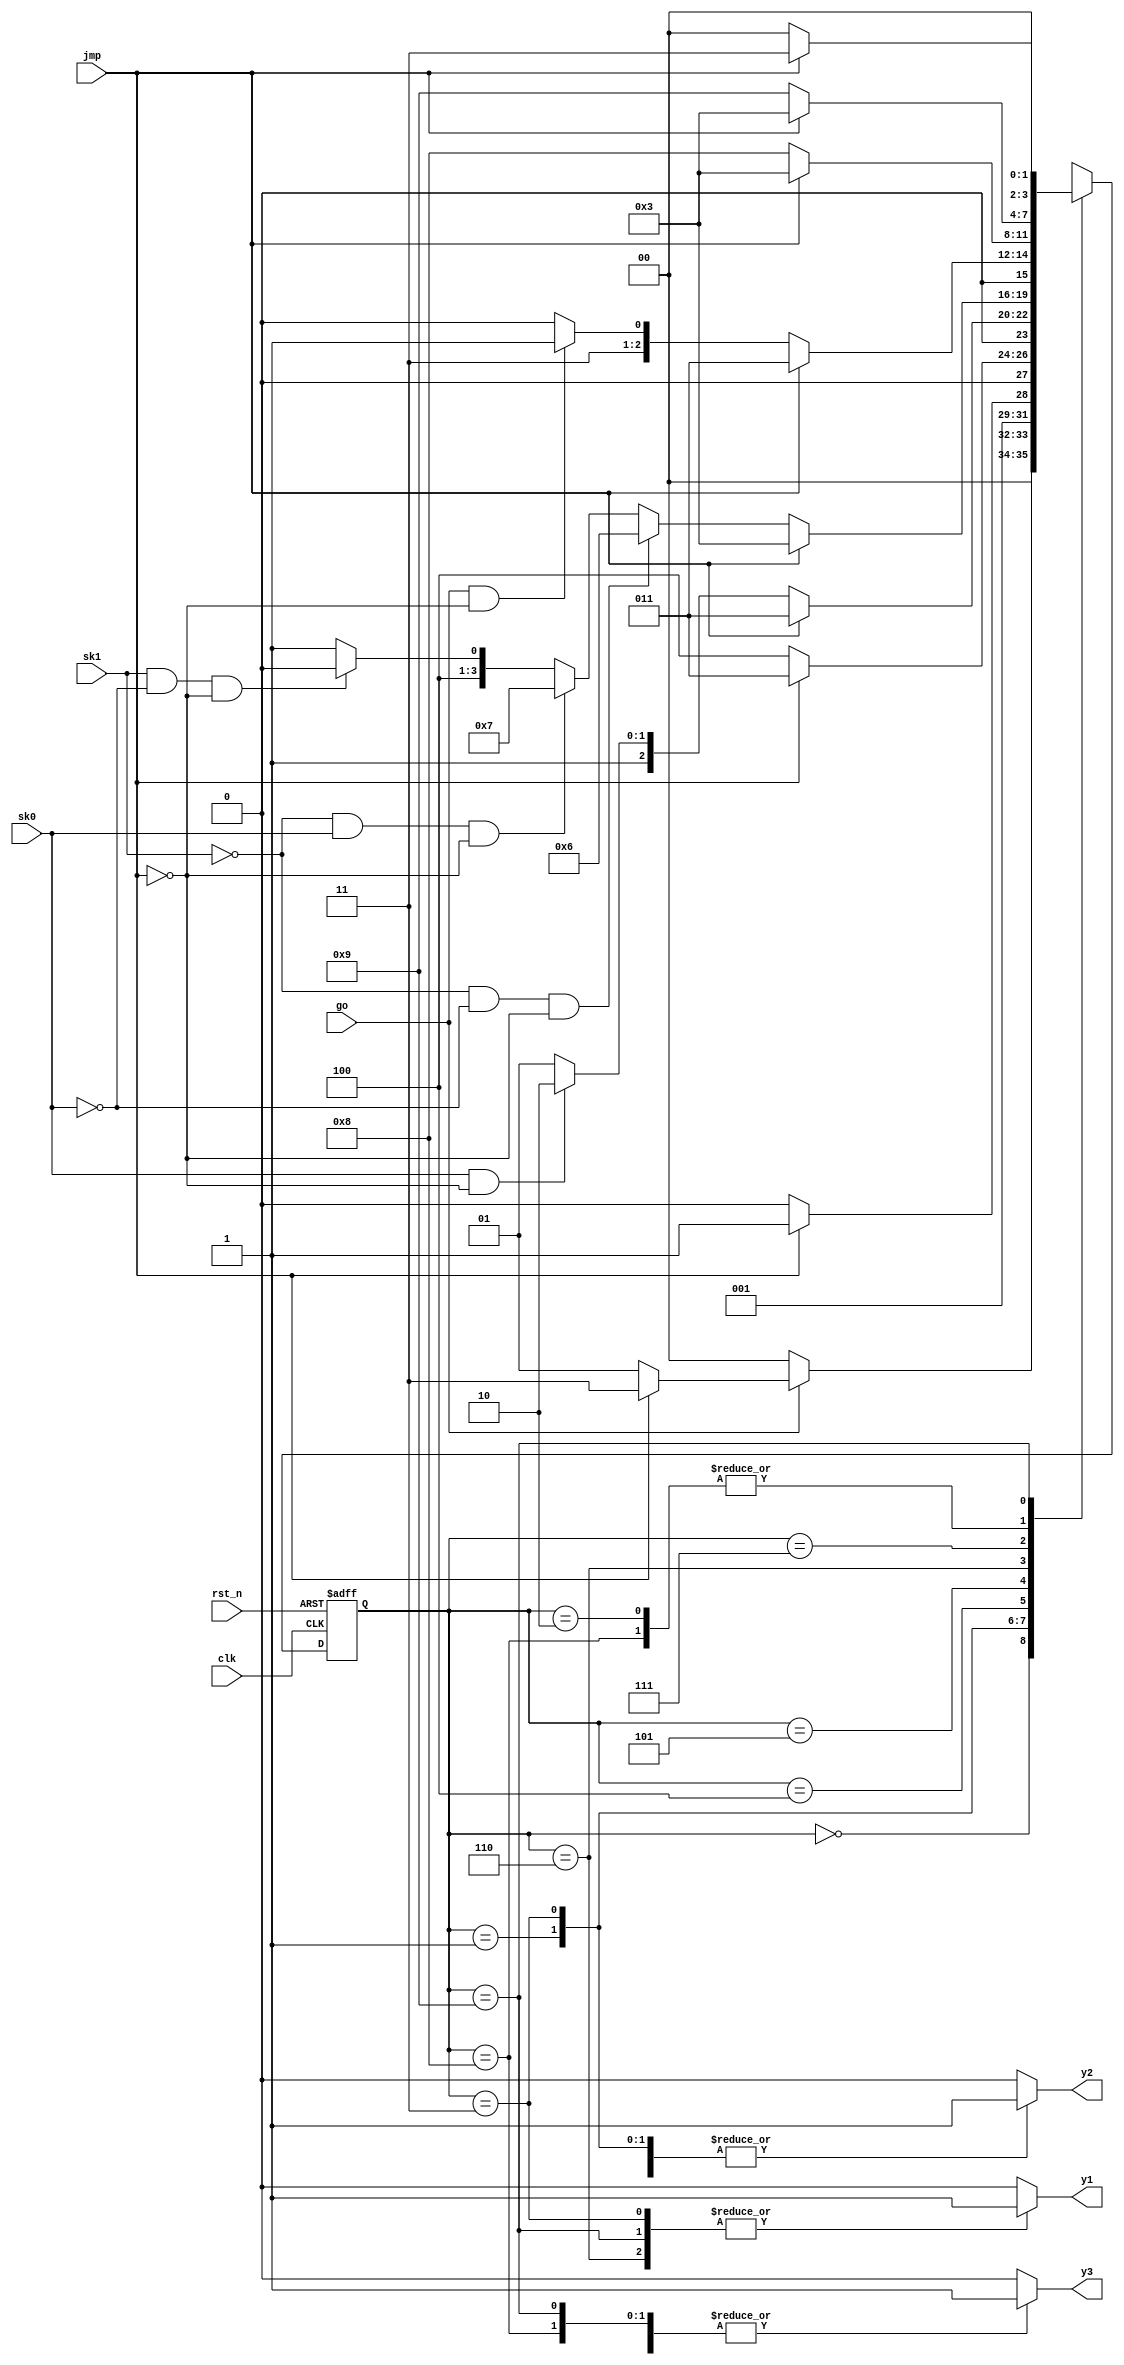
module fsm_cc8_2
(output reg y1, y2, y3,
input jmp, go, sk0, sk1, clk, rst_n);
parameter S0 = 4'b0000,
S1 = 4'b0001,
S2 = 4'b0010,
S3 = 4'b0011,
S4 = 4'b0100,
S5 = 4'b0101,
S6 = 4'b0110,
S7 = 4'b0111,
S8 = 4'b1000,
S9 = 4'b1001;
reg [3:0] state, next;
always @(posedge clk or negedge rst_n)
if (!rst_n) state <= S0;
else state <= next;
always @(state or jmp or go or sk0 or sk1) begin
next = 4'bx;
y1 = 1'b0;
y2 = 1'b0;
y3 = 1'b0;
case (state)
S0 : if (!go) next = S0;
else if (jmp) next = S3;
else next = S1;
S1 : begin
y2 = 1'b1;
if (jmp) next = S3;
else next = S2;
end
S2 : if (jmp) next = S3;
else next = S9;
S3 : begin
y1 = 1'b1;
y2 = 1'b1;
if (jmp) next = S3;
else next = S4;
end
S4 : if (jmp) next = S3;
else if (sk0 && !jmp) next = S6;
else next = S5;
S5 : if (jmp) next = S3;
else if (!sk1 && !sk0 && !jmp) next = S6;
else if (!sk1 && sk0 && !jmp) next = S7;
else if ( sk1 && !sk0 && !jmp) next = S8;
else next = S9;
S6 : begin
y1 = 1'b1;
y2 = 1'b1;
y3 = 1'b1;
if (jmp) next = S3;
else if (go && !jmp) next = S7;
else next = S6;
end
S7 : begin
y3 = 1'b1;
if (jmp) next = S3;
else next = S8;
end
S8 : begin
y2 = 1'b1;
y3 = 1'b1;
if (jmp) next = S3;
else next = S9;
end
S9 : begin
y1 = 1'b1;
y2 = 1'b1;
y3 = 1'b1;
if (jmp) next = S3;
else next = S0;
end
endcase
end
endmodule